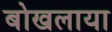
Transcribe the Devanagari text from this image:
बोखलाया